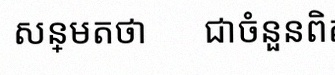
សន្មតថា x ជាចំនួនពិត